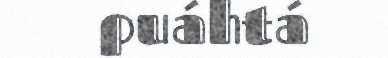
puáhtá